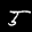
Label: 5